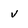
Character: v